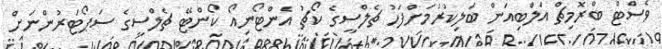
ވެސްޓް ބްރޮމިޗް އަލްބިއަން ބަލިކުރުމަށްފަހު ޗެލްސީގެ ކޯޗު އެންޓޯނިއޯ ކޯންޓޭ ޗެލްސީގެ ސަޕޯޓަރުންނަށް